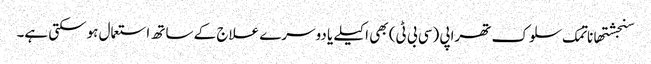
سنجشتھاناتمک سلوک تھراپی (سی بی ٹی) بھی اکیلے یا دوسرے علاج کے ساتھ استعمال ہوسکتی ہے۔